Vaccination in the Punjab 1883-1896 - 1883-1896
Year: 1883
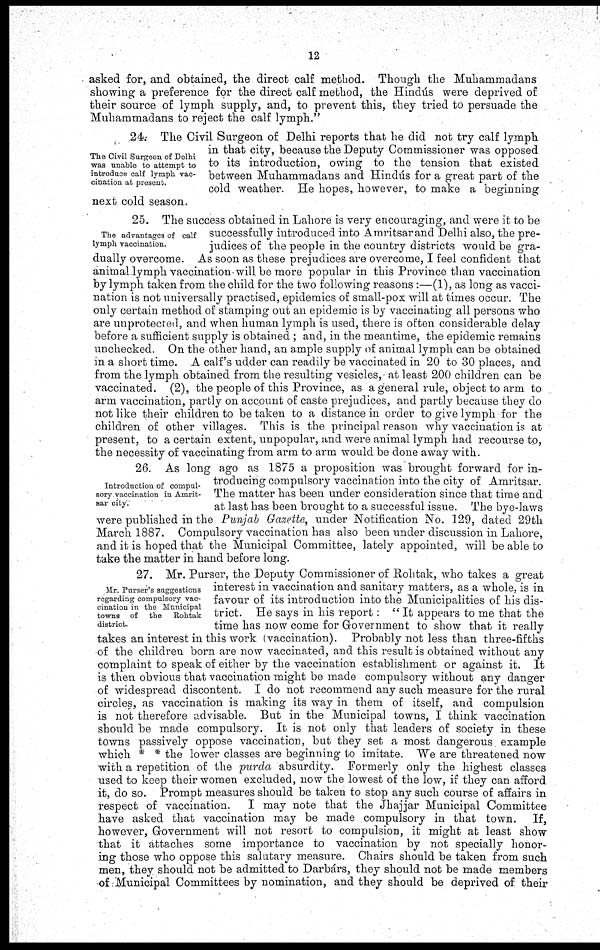
12
asked for, and obtained, the direct calf method. Though the Muhammadans
showing a preference for the direct calf method, the Hindus were deprived of
their source of lymph supply, and, to prevent this, they tried to persuade the
Muhammadans to reject the calf lymph."
The Civil Surgeon of Delhi
was unable to attempt to
introduce calf lymph vac-
cination at present.
24. The Civil Surgeon of Delhi reports that he did not try calf lymph
in that city, because the Deputy Commissioner was opposed
to its introduction, owing to the tension that existed
between Muhammadans and Hindús for a great part of the
cold weather. He hopes, however, to make a beginning
next cold season.
The advantages of calf
lymph vaccination.
25. The success obtained in Lahore is very encouraging, and were it to be
successfully introduced into Amritsar and Delhi also, the pre-
judices of the people in the country districts would be gra-
dually overcome. As soon as these prejudices are overcome, I feel confident that
animal lymph vaccination will be more popular in this Province than vaccination
by lymph taken from the child for the two following reasons :—(1), as long as vacci-
nation is not universally practised, epidemics of small-pox will at times occur. The
only certain method of stamping out an epidemic is by vaccinating all persons who
are unprotected, and when human lymph is used, there is often considerable delay
before a sufficient supply is obtained ; and, in the meantime, the epidemic remains
unchecked. On the other hand, an ample supply of animal lymph can be obtained
in a short time. A calf's udder can readily be vaccinated in 20 to 30 places, and
from the lymph obtained from the resulting vesicles, at least 200 children can be
vaccinated. (2), the people of this Province, as a general rule, object to arm to
arm vaccination, partly on account of caste prejudices, and partly because they do
not like their children to be taken to a distance in order to give lymph for the
children of other villages. This is the principal reason why vaccination is at
present, to a certain extent, unpopular, and were animal lymph had recourse to,
the necessity of vaccinating from arm to arm would be done away with.
Introduction of compul-
sory vaccination in Amrit¬
sar city.
26. As long ago as 1875 a proposition was brought forward for in-
troducing compulsory vaccination into the city of Amritsar.
The matter has been under consideration since that time and
at last has been brought to a successful issue. The bye-laws
were published in the Punjab Gazette, under Notification No. 129, dated 29th
March 1887. Compulsory vaccination has also been under discussion in Lahore,
and it is hoped that the Municipal Committee, lately appointed, will be able to
take the matter in hand before long.
Mr. Purser's suggestions
regarding compulsory vac-
cination in the Municipal
towns of the
Rohtak
district.
27. Mr. Purser, the Deputy Commissioner of Rohtak, who takes a great
interest in vaccination and sanitary matters, as a whole, is in
favour of its introduction into the Municipalities of his dis-
trict. He says in his report: "It appears to me that the
time has now come for Government to show that it really
takes an interest in this work (vaccination). Probably not less than three-fifths
of the children born are now vaccinated, and this result is obtained without any
complaint to speak of either by the vaccination establishment or against it. It
is then obvious that vaccination might be made compulsory without any danger
of widespread discontent. I do not recommend any such measure for the rural
circles, as vaccination is making its way in them of itself, and compulsion
is not therefore advisable. But in the Municipal towns, I think vaccination
should be made compulsory. It is not only that leaders of society in these
towns passively oppose vaccination, but they set a most dangerous example
which * * the lower classes are beginning to imitate. "We are threatened now
with a repetition of the purda absurdity. Formerly only the highest classes
used to keep their women excluded, now the lowest of the low, if they can afford
it, do so. Prompt measures should be taken to stop any such course of affairs in
respect of vaccination.
I may note that the Jhajjar Municipal Committee
have asked that vaccination may be made compulsory in that town.
If,
however, Government will not resort to compulsion, it might at least show
that it attaches some importance to vaccination by not specially honor-
ing those who oppose this salutary measure. Chairs should be taken from such
men, they should not be admitted to Darbárs, they should not be made members
of Municipal Committees by nomination, and they should be deprived of their